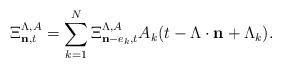
LaTeX: \begin{align*}\Xi_{\mathbf n, t}^{\Lambda, A} = \sum_{k=1}^N \Xi_{\mathbf n - e_k, t}^{\Lambda, A} A_k(t - \Lambda \cdot \mathbf n + \Lambda_k).\end{align*}